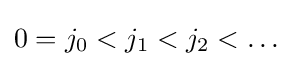
0=j_{0}<j_{1}<j_{2}<\ldots